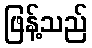
ဖြန့်သည်